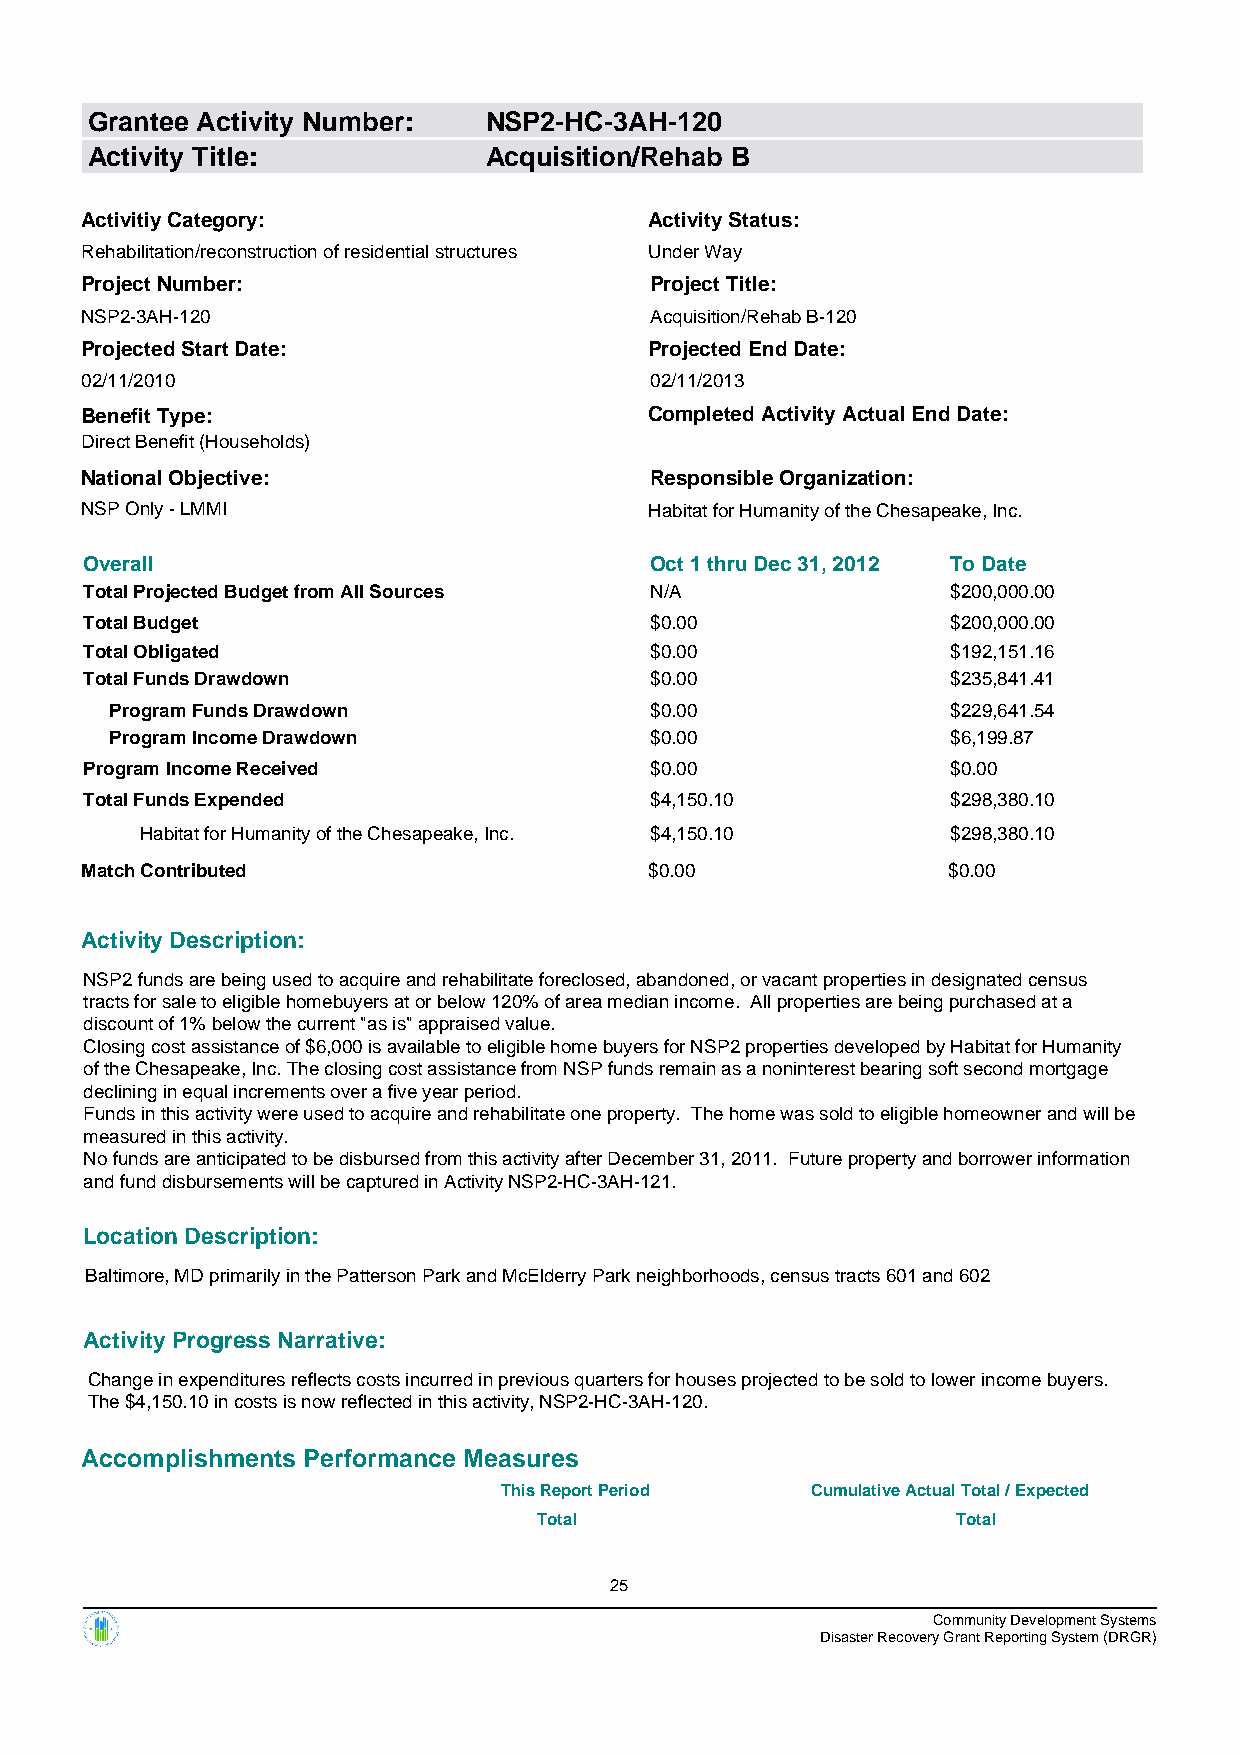
Grantee Activity Number:  NSP2-HC-3AH-120
 Activity Title:           Acquisition/Rehab B
 Activitiy Category:                   Activity Status:
 Rehabilitation/reconstruction of residential structures Under Way
 Project Number:                       Project Title:
 NSP2-3AH-120                          Acquisition/Rehab B-120
 Projected Start Date:                 Projected End Date:
 02/11/2010                            02/11/2013
 Benefit Type:                         Completed Activity Actual End Date:
 Direct Benefit (Households)
 National Objective:                   Responsible Organization:
 NSP Only - LMMI                       Habitat for Humanity of the Chesapeake, Inc.
 Overall                              Oct 1 thru Dec 31, 2012 To Date
 Total Projected Budget from All Sources N/A              $200,000.00
 Total Budget                         $0.00               $200,000.00
 Total Obligated                      $0.00               $192,151.16
 Total Funds Drawdown                 $0.00               $235,841.41
 Program Funds Drawdown              $0.00               $229,641.54
 Program Income Drawdown             $0.00               $6,199.87
 Program Income Received              $0.00               $0.00
 Total Funds Expended                 $4,150.10           $298,380.10
 Habitat for Humanity of the Chesapeake, Inc. $4,150.10 $298,380.10
 Match Contributed                     $0.00               $0.00
 Activity Description:
 NSP2 funds are being used to acquire and rehabilitate foreclosed, abandoned, or vacant properties in designated census
 tracts for sale to eligible homebuyers at or below 120% of area median income. All properties are being purchased at a
 discount of 1% below the current "as is" appraised value.
 Closing cost assistance of $6,000 is available to eligible home buyers for NSP2 properties developed by Habitat for Humanity
 of the Chesapeake, Inc. The closing cost assistance from NSP funds remain as a noninterest bearing soft second mortgage
 declining in equal increments over a five year period.
 Funds in this activity were used to acquire and rehabilitate one property. The home was sold to eligible homeowner and will be
 measured in this activity.
 No funds are anticipated to be disbursed from this activity after December 31, 2011. Future property and borrower information
 and fund disbursements will be captured in Activity NSP2-HC-3AH-121.
 Location Description:
 Baltimore, MD primarily in the Patterson Park and McElderry Park neighborhoods, census tracts 601 and 602
 Activity Progress Narrative:
 Change in expenditures reflects costs incurred in previous quarters for houses projected to be sold to lower income buyers.
 The $4,150.10 in costs is now reflected in this activity, NSP2-HC-3AH-120.
 Accomplishments Performance Measures
 This Report Period   Cumulative Actual Total / Expected
 Total                      Total
 25
 Community Development Systems
 Disaster Recovery Grant Reporting System (DRGR)